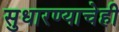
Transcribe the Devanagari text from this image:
सुधारण्याचेही